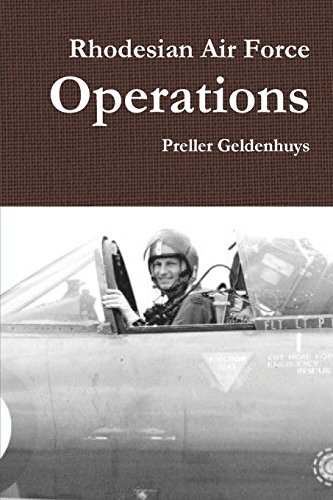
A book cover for Rhodesian Air Force Operations; Preller Geldenhuys; History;